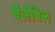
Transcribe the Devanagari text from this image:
बैलेविल